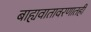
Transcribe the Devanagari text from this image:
बाह्यवातावरणातही